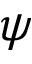
\psi